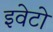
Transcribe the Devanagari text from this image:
इवेटो